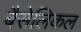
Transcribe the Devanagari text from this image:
बैसेलिकल